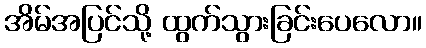
အိမ်အပြင်သို့ ထွက်သွားခြင်းပေလော။